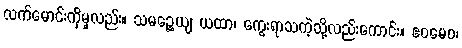
လက်မောင်းကိုမူလည်း။ သမဉ္ဆေယျ ယထာ၊ ကွေးရာသကဲ့သို့လည်းကောင်း။ ဧဝမေဝ၊